Civil Veterinary Department Bihar reports 1936-40 - 1936-1940
Year: 1936
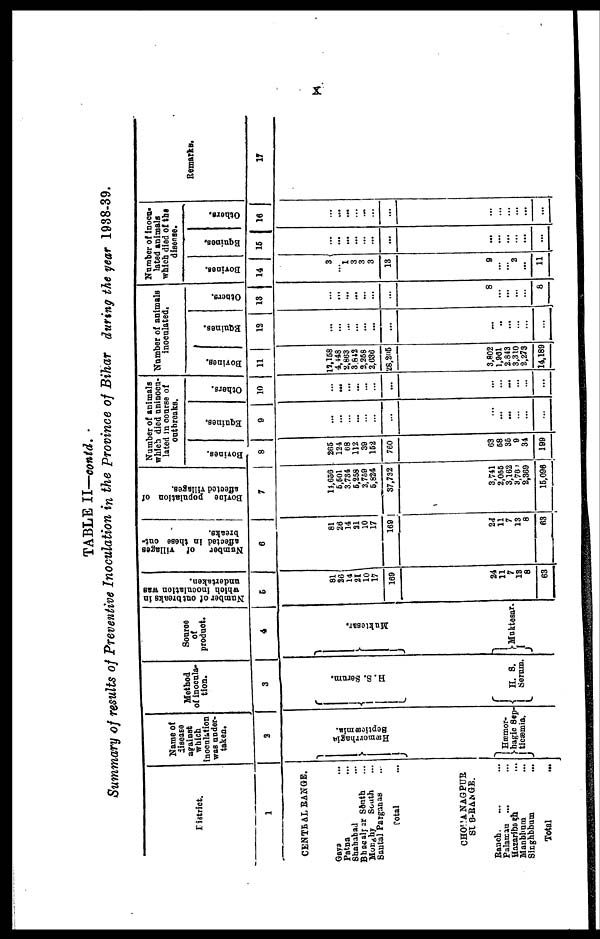
x
TABLE II—contd.
Summary of results of Preventive Inoculation in the Province of Bihar during the year 1988-39.
District.
1
CENTRAL RANGE.
Gaya ...
Patna ...
Shahabad ...
Bhagalpur South ...
Monghy
South ...
Santal Parganas ..
Total ...
CHOTA NAGPUR
SUB-RANGE.
Ranchi. ... ...
Palamau ... ...
Hazaribagh ...
Manbhum ...
Singhbhum ...
Total ...
Name of
disease
against
which
inoculation
was under-
taken.
2
Hæmorrhagic
Septicæmia.
Hæmor-
hagic Sep-
ticæmia.
Method
of inocula-
tion.
3
H. S. Ser um.
H.
S.
Serum.
Source
of
product.
4
Muktesar.
Muktesar.
Number of outbreaks in
which inoculation was
undertaken.
5
81
26
14
21
10
17
169
24
11
7
13
8
63
Number
of
villages
affected in these out-
breaks.
6
81
26
14
21
10
17
169
24
11
7
18
8
63
Bovine
population of
affected villages.
7
11,656
5,401
3,784
5,258
2,759
6,824
37,732
3,741
2,066
3,162
3,761
2,369
16,096
Number of animals
which died uninocu-
lated in course of
outbreaks.
Bovines.
8
265
124
68
112
39
152
760
63
68
36
9 31
199
Equines.
9
...
... ...
...
...
...
...
... ...
... ...
...
Others.
10
...
...
...
...
...
...
...
...
...
... ...
...
Number of animals
inoculated.
Bovines.
11
17,158
4,148
2,863
3 812
3,368
2,636
28,295
3,802
1,961
2,843
3,310
2,273
14,180
Equines.
12
...
... ...
...
...
...
...
... ...
... ...
...
Others.
13
...
...
...
...
...
...
8
... ...
... ...
8
Number of inocu-
lated animals
which died of the
disease.
Bovines.
14
3 ... 1
3
3
3 13
9
...
2
...
...
11
Equines.
15
...
...
...
...
...
...
...
...
...
... ...
...
Others.
16
...
...
...
...
...
...
...
...
...
... ...
...
Remarks.
17